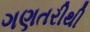
ગણતરીથી